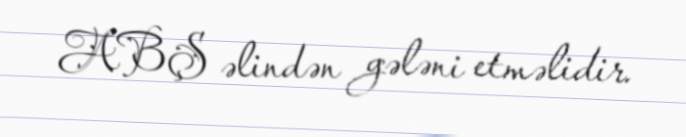
ABŞ əlindən gələni etməlidir.